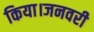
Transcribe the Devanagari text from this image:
किया।जनवरी